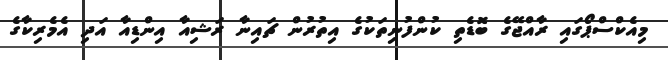
މިއެކްސްޕޯގައި ރާއްޖޭގެ ބޮޑެތި ކުންފުނިތަކުގެ އިތުރުން ޗައިނާ ރަޝިއާ އިންޑިއާ އަދި އެމެރިކާގެ